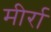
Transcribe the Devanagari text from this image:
मीर्रा